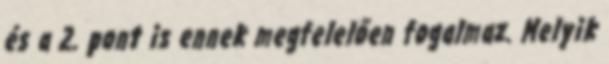
és a 2. pont is ennek megfelelően fogalmaz. Melyik